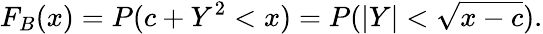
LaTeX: F_{B}(x)=P(c+Y^{2}<x)=P(\left|Y\right|<\sqrt{x-c}).